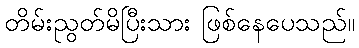
တိမ်းညွတ်မိပြီးသား ဖြစ်နေပေသည်။